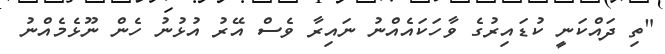
"ތި ދައްކަނީ ކުޑައިރުގެ ވާހަކައެއްނު ނައިރާ ވެސް އޭރު އުޅުނު ހެން ނޫޅެމެއްނު